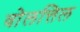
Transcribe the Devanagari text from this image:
वोलत्तिल